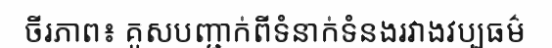
ចីរភាព៖ គូសបញ្ជាក់ពីទំនាក់ទំនងរវាងវប្បធម៌